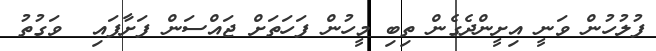
ފުލުހުން ވަނީ އިށީންދެގެން ތިބި މީހުން ފަހަތަށް ޖައްސަން ފަށާފައި  ވަގުތު